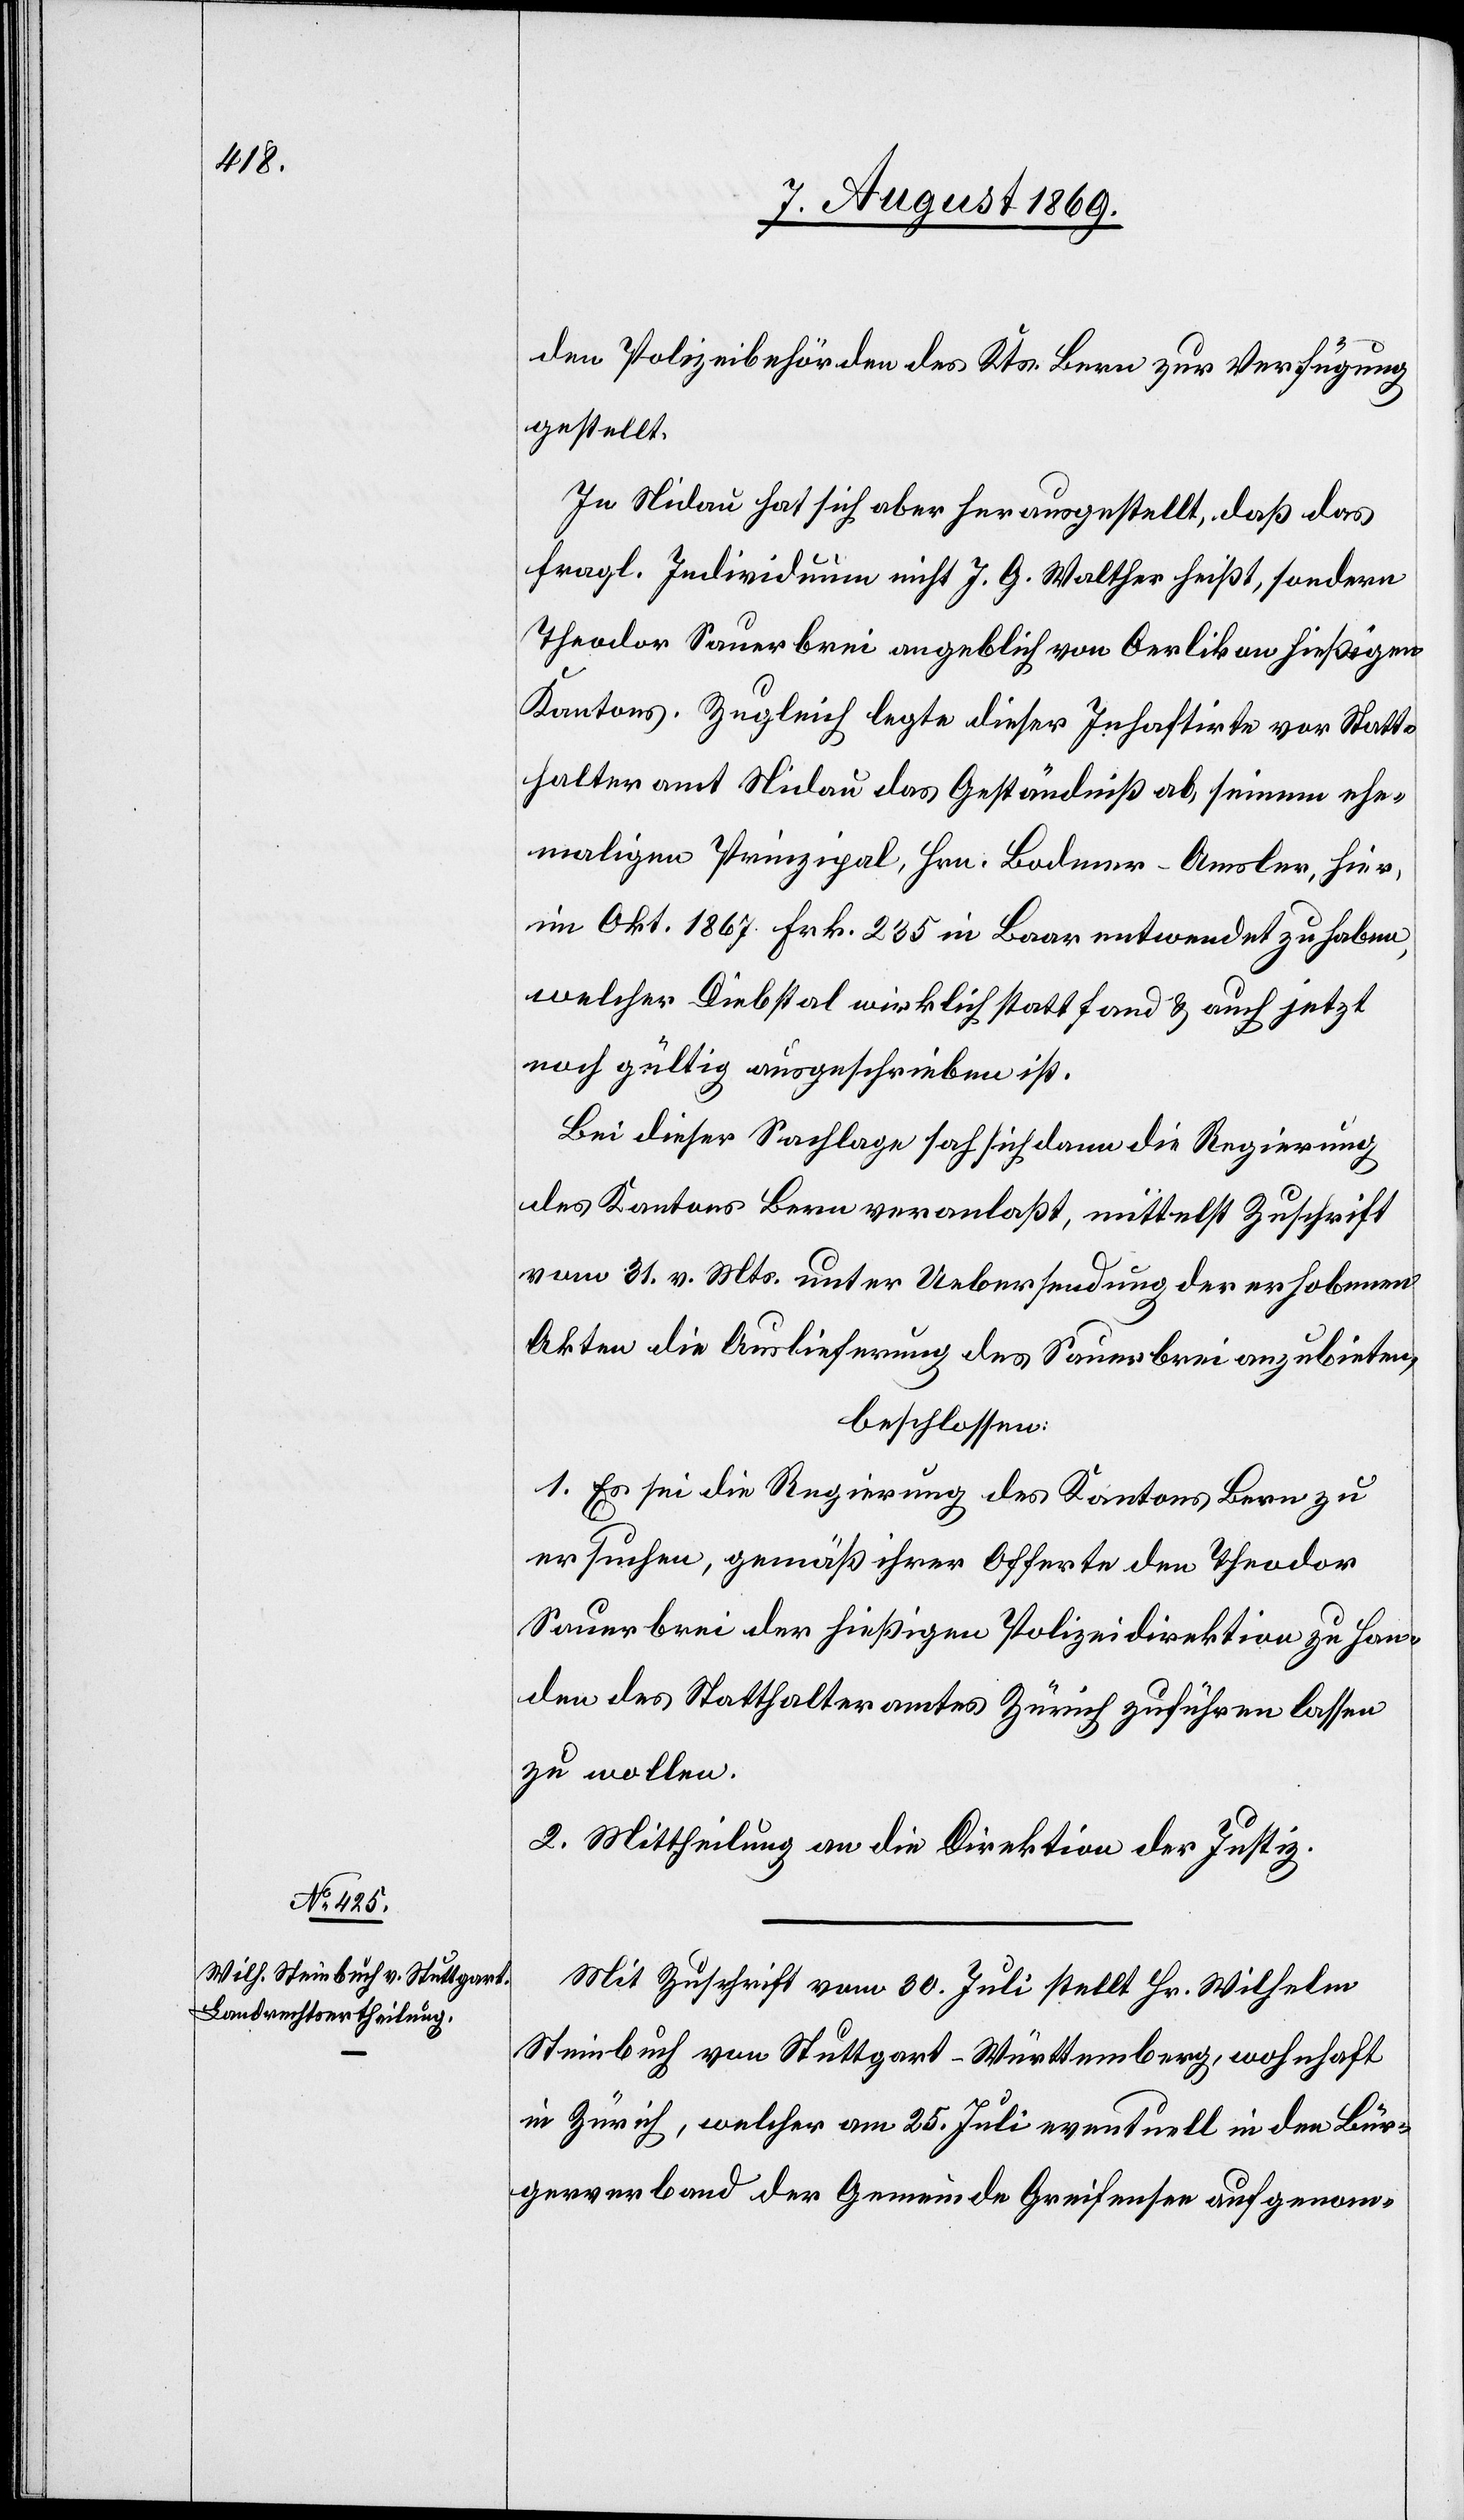
den Polizeibehörden des Kts. Bern zur Verfügung
gestellt.
In Nidau hat sich aber herausgestellt, daß das
fragl. Individuum nicht J. G. Walther heißt, sondern
Theodor Sauerbrei angeblich von Oerlikon hießigen
Kantons. Zugleich legte dieser Inhaftirte vor Statt¬
halteramt Nidau das Geständniß ab, seinem ehe¬
maligen Prinzipal, Hrn. Bodmer-Amsler, hier,
im Okt. 1867 Frk. 235 in Baar entwendet zu haben,
welcher Diebstal wirklich stattfand & auch jetzt
noch gültig ausgeschrieben ist.
Bei dieser Sachlage sah sich dann die Regierung
des Kantons Bern veranlaßt, mittelst Zuschrift
vom 31 v. Mts. unter Uebersendung der erhobenen
Akten die Auslieferung des Sauerbrei anzubieten,
beschlossen:
1. Es sei die Regierung des Kantons Bern zu
ersuchen, gemäß ihrer Offerte den Theodor
Sauerbrei der hießigen Polizeidirektion zu Han¬
den des Statthalteramtes Zürich zuführen lassen
zu wollen.
2. Mittheilung an die Direktion der Justiz.
Mit Zuschrift vom 30 Juli stellt Hr. Wilhelm
Steinbruch von Stuttgart - Württemberg, wohnhaft
in Zürich, welcher am 25 Juli eventuell in den Bür¬
gerverband der Gemeinde Greifensee aufgenom-